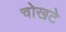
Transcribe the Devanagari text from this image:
चोखटे